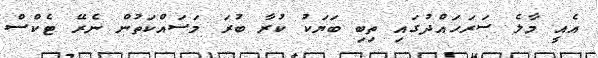
އެއީ މާލެ ސަރަހައްދުގައި ތިބި ބަޔަކު ކުރާ ބުރަަ މަަސައްކަތުން ނެރޭ ޓެކްސް